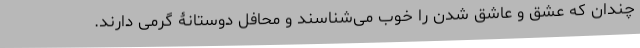
چندان که عشق و عاشق شدن را خوب می‌شناسند و محافل دوستانۀ گرمی دارند.